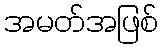
အမတ်အဖြစ်